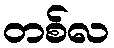
တစ်လ